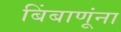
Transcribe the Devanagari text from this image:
बिंबाणूंना